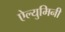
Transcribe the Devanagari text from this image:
ऐल्युमिनी